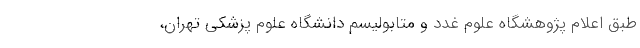
طبق اعلام پژوهشگاه علوم غدد و متابولیسم دانشگاه علوم پزشکی تهران،